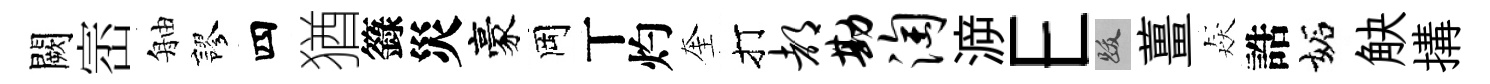
闕崈舳謬四猶籙災豪岡丅灼奎打都勘淘㴑E跋薑猋誥妬觖搆